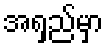
အရှည်မှာ